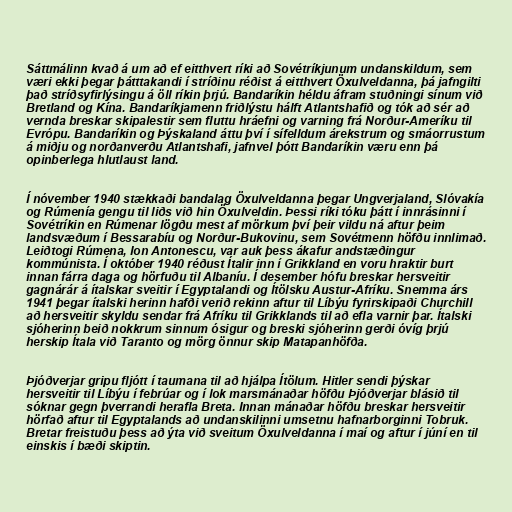
Sáttmálinn kvað á um að ef eitthvert ríki að Sovétríkjunum undanskildum, sem
væri ekki þegar þátttakandi í stríðinu réðist á eitthvert Öxulveldanna, þá jafngilti
það stríðsyfirlýsingu á öll ríkin þrjú. Bandaríkin héldu áfram stuðningi sínum við
Bretland og Kína. Bandaríkjamenn friðlýstu hálft Atlantshafið og tók að sér að
vernda breskar skipalestir sem fluttu hráefni og varning frá Norður-Ameríku til
Evrópu. Bandaríkin og Þýskaland áttu því í sífelldum árekstrum og smáorrustum
á miðju og norðanverðu Atlantshafi, jafnvel þótt Bandaríkin væru enn þá
opinberlega hlutlaust land.

Í nóvember 1940 stækkaði bandalag Öxulveldanna þegar Ungverjaland, Slóvakía
og Rúmenía gengu til liðs við hin Öxulveldin. Þessi ríki tóku þátt í innrásinni í
Sovétríkin en Rúmenar lögðu mest af mörkum því þeir vildu ná aftur þeim
landsvæðum í Bessarabíu og Norður-Bukovinu, sem Sovétmenn höfðu innlimað.
Leiðtogi Rúmena, Ion Antonescu, var auk þess ákafur andstæðingur
kommúnista. Í október 1940 réðust Ítalir inn í Grikkland en voru hraktir burt
innan fárra daga og hörfuðu til Albaníu. Í desember hófu breskar hersveitir
gagnárár á ítalskar sveitir í Egyptalandi og Ítölsku Austur-Afríku. Snemma árs
1941 þegar ítalski herinn hafði verið rekinn aftur til Líbýu fyrirskipaði Churchill
að hersveitir skyldu sendar frá Afríku til Grikklands til að efla varnir þar. Ítalski
sjóherinn beið nokkrum sinnum ósigur og breski sjóherinn gerði óvíg þrjú
herskip Ítala við Taranto og mörg önnur skip Matapanhöfða.

Þjóðverjar gripu fljótt í taumana til að hjálpa Ítölum. Hitler sendi þýskar
hersveitir til Líbýu í febrúar og í lok marsmánaðar höfðu Þjóðverjar blásið til
sóknar gegn þverrandi herafla Breta. Innan mánaðar höfðu breskar hersveitir
hörfað aftur til Egyptalands að undanskilinni umsetnu hafnarborginni Tobruk.
Bretar freistuðu þess að ýta við sveitum Öxulveldanna í maí og aftur í júní en til
einskis í bæði skiptin.